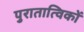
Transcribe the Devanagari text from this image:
पुरातात्विकों